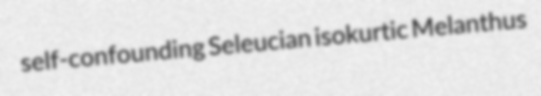
self-confounding Seleucian isokurtic Melanthus